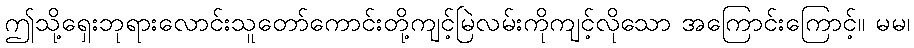
ဤသို့ရှေးဘုရားလောင်းသူတော်ကောင်းတို့ကျင့်မြဲလမ်းကိုကျင့်လိုသော အကြောင်းကြောင့်။ မမ၊